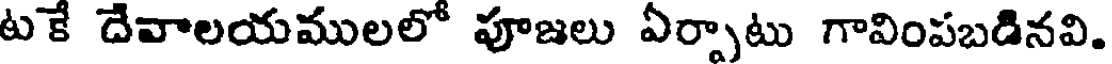
టకే దేవాలయములలో పూజలు ఏర్పాటు గావింపబడినవి.